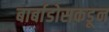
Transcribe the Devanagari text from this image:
बार्बाडोसकडून